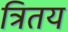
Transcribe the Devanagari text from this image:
त्रितय